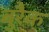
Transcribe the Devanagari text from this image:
बुरैक